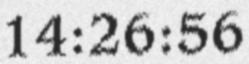
14:26:56